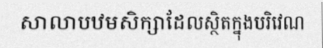
សាលាបឋមសិក្សាដែលស្ថិតក្នុងបរិវេណ